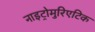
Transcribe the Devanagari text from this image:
नाइट्रोमुरिएटिक